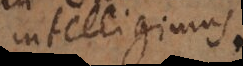
intelligimus.